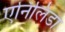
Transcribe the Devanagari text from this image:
एनिलिडा